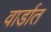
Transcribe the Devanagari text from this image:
वार्डात